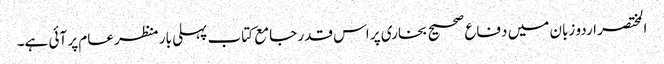
المختصر اردو زبان میں دفاع صحیح بخاری پر اس قدر جامع کتاب پہلی بار منظر عام پر آئی ہے۔